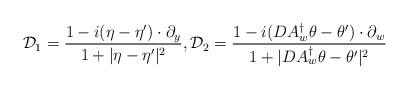
\begin{align*}\mathcal{D}_1=\frac{1-i(\eta -\eta') \cdot \partial_y}{1+|\eta -\eta'|^2},\mathcal{D}_2=\frac{1-i(DA^\dag_w\theta -\theta') \cdot \partial_w}{1+|DA^\dag_w\theta -\theta' |^2}\end{align*}